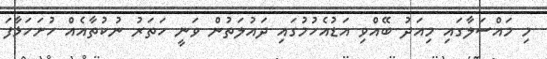
މި މައްސަލާގައި މިއަދު ބޭއްވި އަޑުއެހުމުގައި ދައުލަތުން ވަނީ ހަތަރު ނުކުތާއެއް ހުށަހަޅާފަ